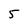
Character: 5